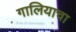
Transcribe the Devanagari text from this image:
गालियाचा